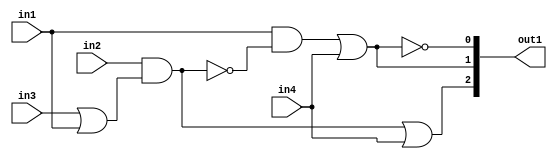
`timescale 1ps / 1ps
/*****************************************************************************
    Verilog RTL Description
    
    
    Created by: Stratus DpOpt 21.05.01 
*******************************************************************************/

module dut_gen_busy_r_1_0 (
	in1,
	in2,
	in3,
	in4,
	out1
	); /* architecture "behavioural" */ 
input  in1,
	in2,
	in3,
	in4;
output [2:0] out1;
wire  asc004,
	asc005,
	asc007,
	asc009,
	asc010,
	asc012,
	asc014;
wire [2:0] asc015;

assign asc005 = 
	(in3)
	|(in1);

assign asc004 = 
	(in2)
	&(asc005);

assign asc007 = 
	(asc004)
	|(in4);

assign asc012 = 
	((~asc004));

assign asc010 = 
	(in1)
	&(asc012);

assign asc009 = 
	(asc010)
	|(in4);

assign asc014 = 
	((~asc009));

assign asc015 = {asc007,asc009,asc014};

assign out1 = asc015;
endmodule

/* CADENCE  v7nxTw4= : u9/ySxbfrwZIxEzHVQQV8Q== ** DO NOT EDIT THIS LINE ******/